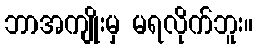
ဘာအကျိုးမှ မရလိုက်ဘူး။